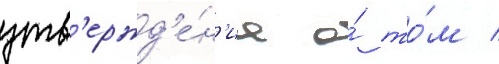
утв'ержд'е́н'иа о́ то́м /